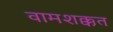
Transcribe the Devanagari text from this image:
वामशक्कत